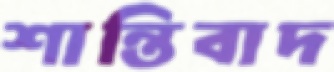
শান্তিবাদ